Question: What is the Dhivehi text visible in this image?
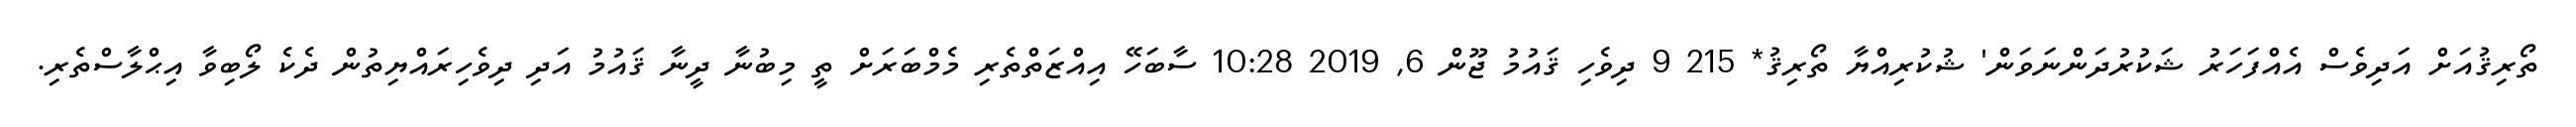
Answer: ތޯރިޤުއަށް އަދިވެސް އެއްފަހަރު ޝަކުރުދަންނަވަން' ޝުކުރިއްޔާ ތޯރިޤު* 215 9 ދިވެހި ޤައުމު ޖޫން 6, 2019 10:28 ސާބަހޭ އިއްޒަތްތެރި މެމްބަރަށް ތީ މިބުނާ ދީނާ ޤައުމު އަދި ދިވެހިރައްޔިތުން ދެކެ ލޯބިވާ އިޙްލާސްތެރި.